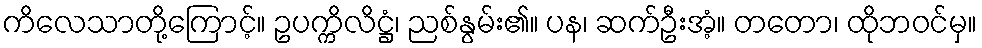
ကိလေသာတို့ကြောင့်။ ဥပက္ကိလိဋ္ဌံ၊ ညစ်နွမ်း၏။ ပန၊ ဆက်ဦးအံ့။ တတော၊ ထိုဘဝင်မှ။